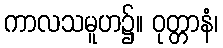
ကာလသမူဟ၌။ ဝုတ္တာနံ၊